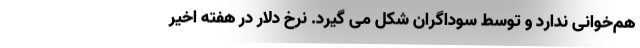
هم‌خوانی ندارد و توسط سوداگران شکل می گیرد. نرخ دلار در هفته اخیر